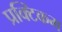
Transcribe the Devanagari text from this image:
प्रक्टिकम